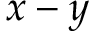
x - y